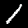
Label: 1